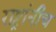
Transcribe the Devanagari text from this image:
राष्ट्रांनीच